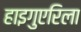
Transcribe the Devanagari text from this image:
हाइगुएरिला